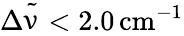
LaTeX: \Delta{\tilde{\upnu}}<2.0\, \mathrm{cm}^{-1}